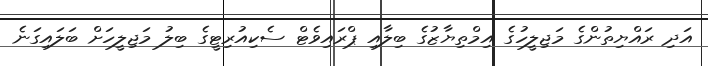
އަދި ރައްޔިތުންގެ މަޖިލީހުގެ އިމްތިޔާޒުގެ ބިލާއި ޕްރައިވެޓް ސެކިއުރިޓީގެ ބިލު މަޖިލީހަށް ބަލައިގަނެ